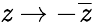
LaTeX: \mathit{z}\rightarrow-{\overline{{{\mathit{z}}}}}